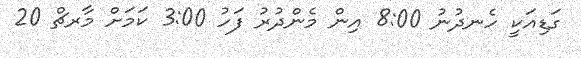
ގަޑިއަކީ ހެނދުނު 8:00 އިން މެންދުރު ފަހު 3:00 ކަމަށް މާރޗް 20